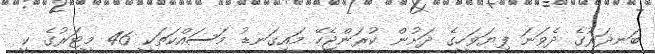
ބަނދަރުގެ ދެވަނަ ފިޔަވަހީގެ ދަށުން ކުރަންޖެހޭ މައިގަނޑު މަސައްކަތަކީ 46 މީޓަރުގެ ކީ